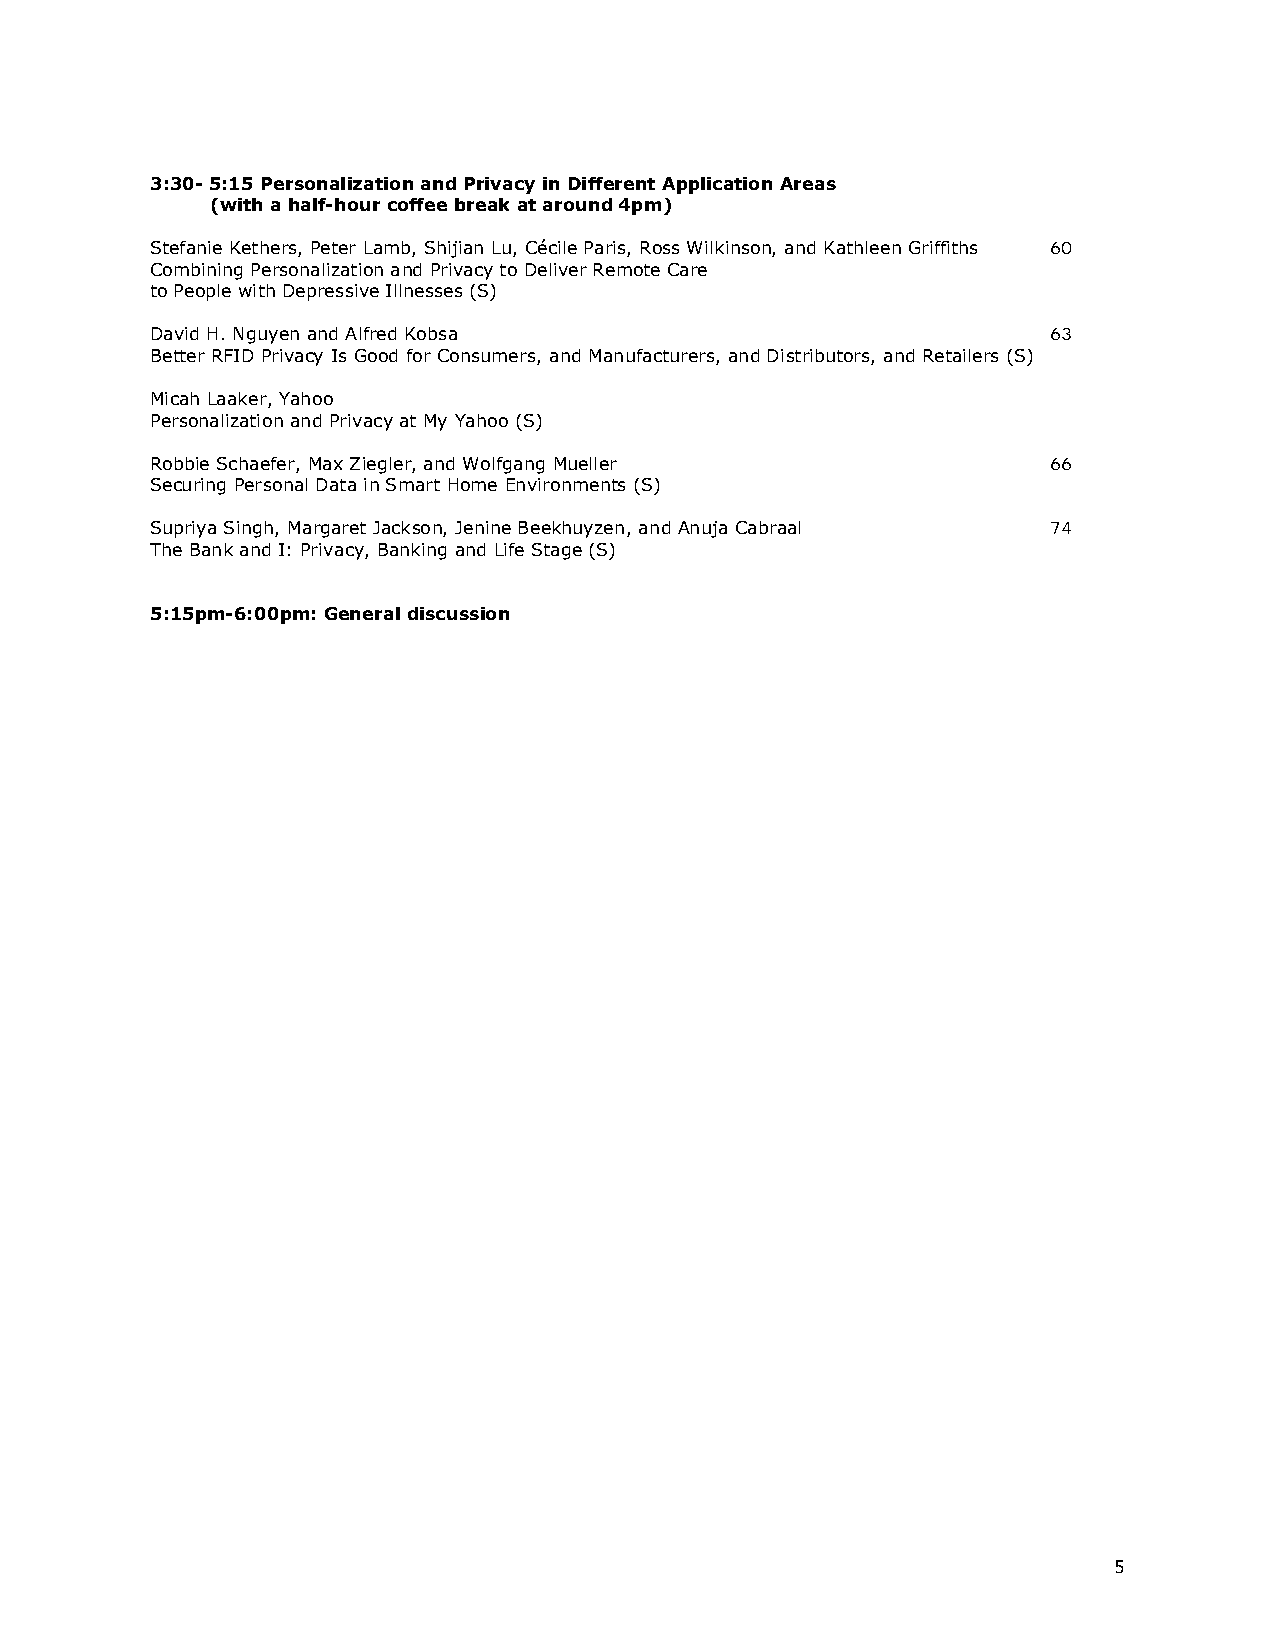
3:30- 5:15 Personalization and Privacy in Different Application Areas
 (with a half-hour coffee break at around 4pm)
 Stefanie Kethers, Peter Lamb, Shijian Lu, Cécile Paris, Ross Wilkinson, and Kathleen Griffiths 60
 Combining Personalization and Privacy to Deliver Remote Care
 to People with Depressive Illnesses (S)
 David H. Nguyen and Alfred Kobsa                            63
 Better RFID Privacy Is Good for Consumers, and Manufacturers, and Distributors, and Retailers (S)
 Micah Laaker, Yahoo
 Personalization and Privacy at My Yahoo (S)
 Robbie Schaefer, Max Ziegler, and Wolfgang Mueller          66
 Securing Personal Data in Smart Home Environments (S)
 Supriya Singh, Margaret Jackson, Jenine Beekhuyzen, and Anuja Cabraal 74
 The Bank and I: Privacy, Banking and Life Stage (S)
 5:15pm-6:00pm: General discussion
 5